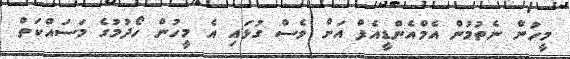
މީހުން ނެތުމުން އެމްއެންޑީއެފް އަށް ވެސް ގުޅައި އެ މީހުން ހޯދުމުގެ މަސައްކަތް